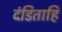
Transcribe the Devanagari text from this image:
दंडिताहि